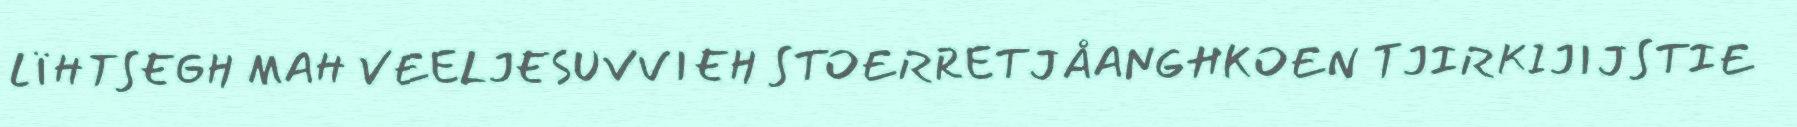
LÏHTSEGH MAH VEELJESUVVIEH STOERRETJÅANGHKOEN TJIRKIJIJSTIE